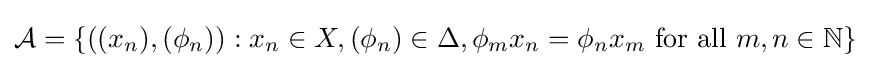
{\mathcal {A}}=\{((x_{n}),(\phi _{n})):x_{n}\in X,(\phi _{n})\in \Delta ,\phi _{m}x_{n}=\phi _{n}x_{m}{\text{ for all }}m,n\in \mathbb {N} \}